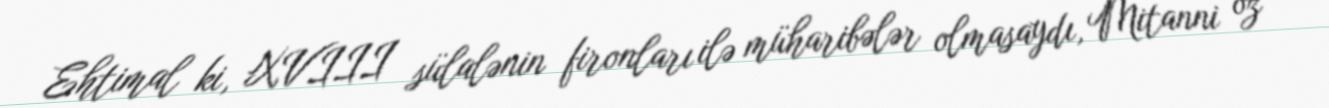
Ehtimal ki, XVIII sülalənin fironları ilə müharibələr olmasaydı, Mitanni öz